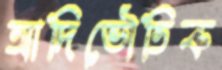
আদিভৌতিক